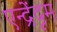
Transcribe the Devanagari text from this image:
एन्द्रेंदृम